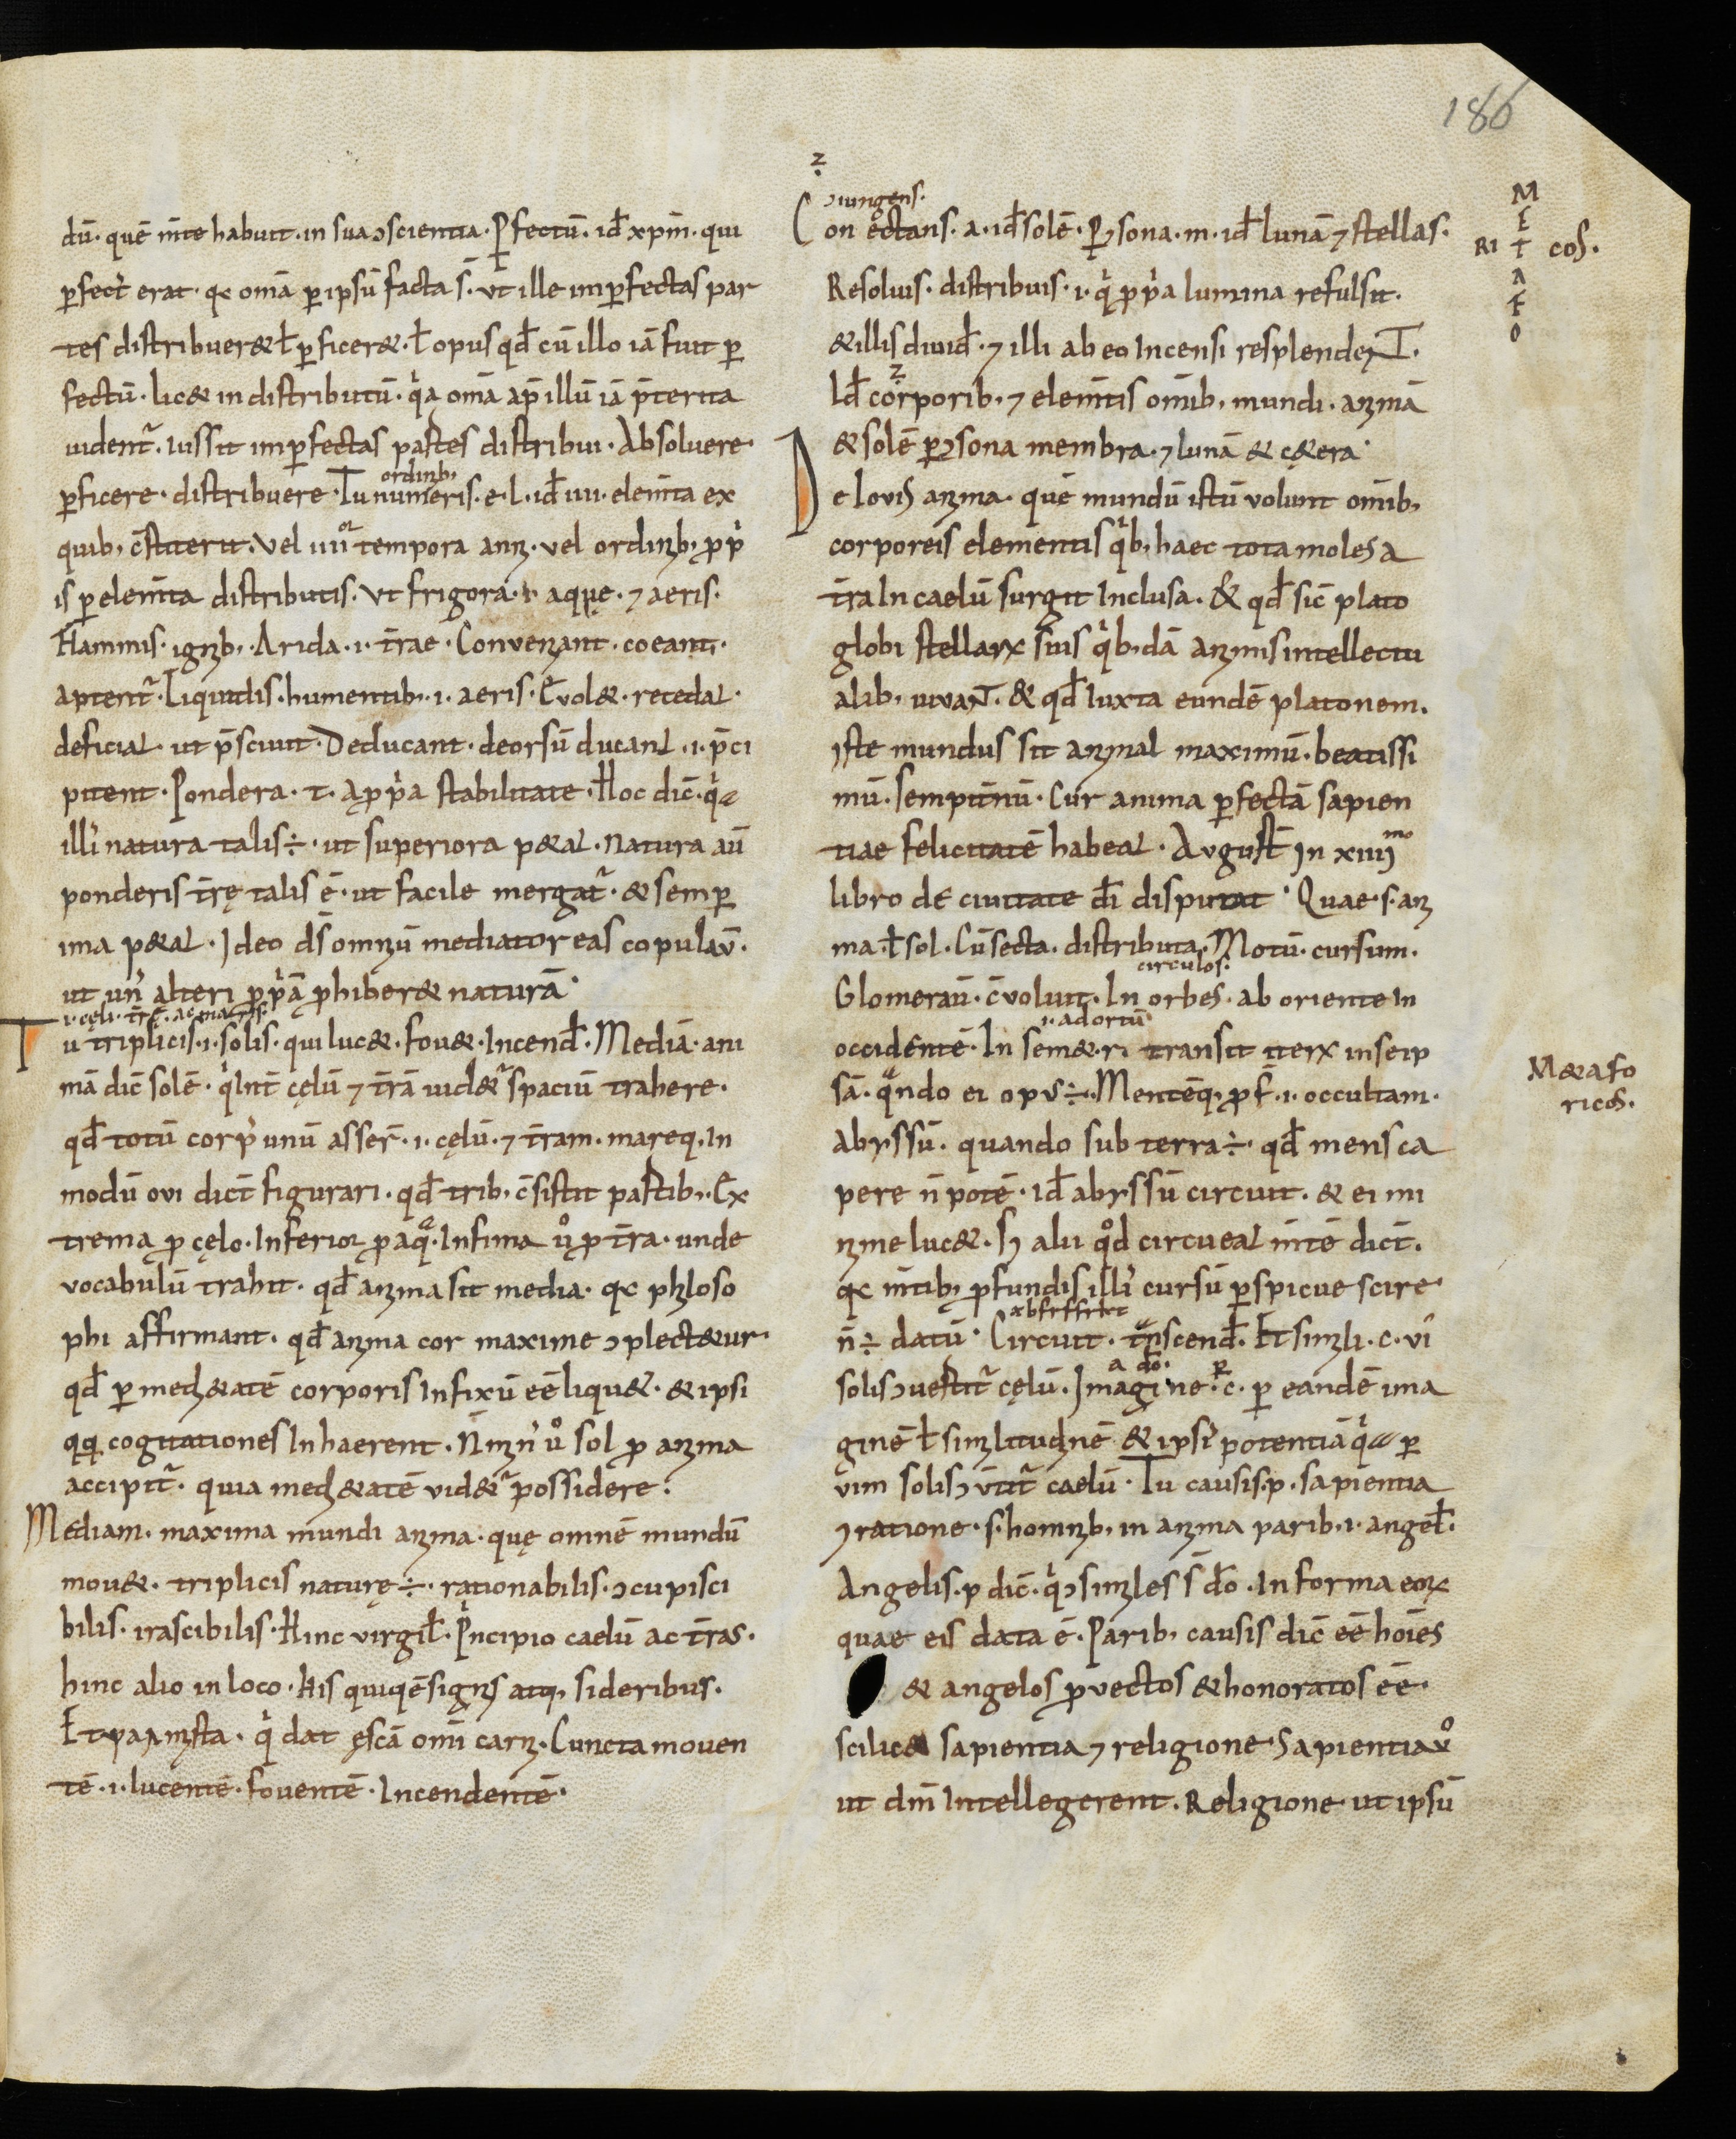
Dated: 950–999